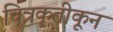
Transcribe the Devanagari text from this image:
चित्रकृतीकून